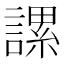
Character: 𧫖